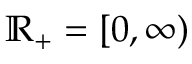
\mathbb { R } _ { + } = [ 0 , \infty )